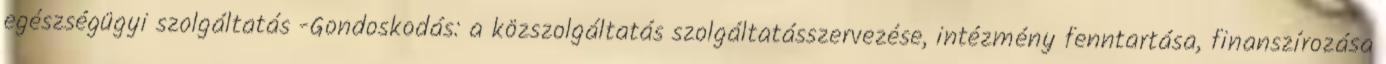
egészségügyi szolgáltatás -Gondoskodás: a közszolgáltatás szolgáltatásszervezése, intézmény fenntartása, finanszírozása